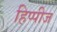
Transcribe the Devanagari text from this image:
हिप्पीज